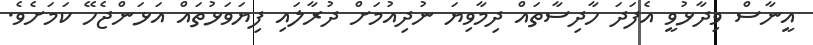
އީނާސް ވިދާޅުވީ އެފަދަ ހާދިސާތައް ދިމާވިޔަ ނުދިއުމަށް ދުރާލައި ފިޔަވަޅުތައް އަޅަންޖެހޭ ކަމަށެވެ.